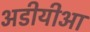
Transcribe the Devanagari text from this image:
अडीयीआ